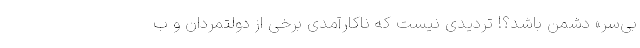
بی‌سر» دشمن باشد؟! تردیدی نیست که ناکارآمدی برخی از دولتمردان و ب